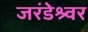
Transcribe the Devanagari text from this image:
जरंडेश्र्वर